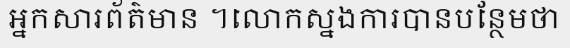
អ្នកសារព័ត៌មាន ។លោកស្នងការបានបន្ថែមថា